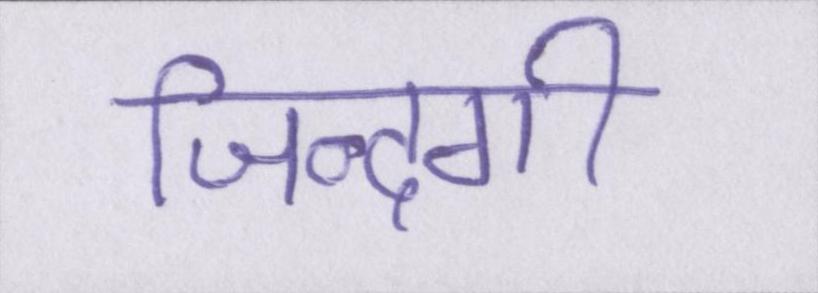
जिन्दगी